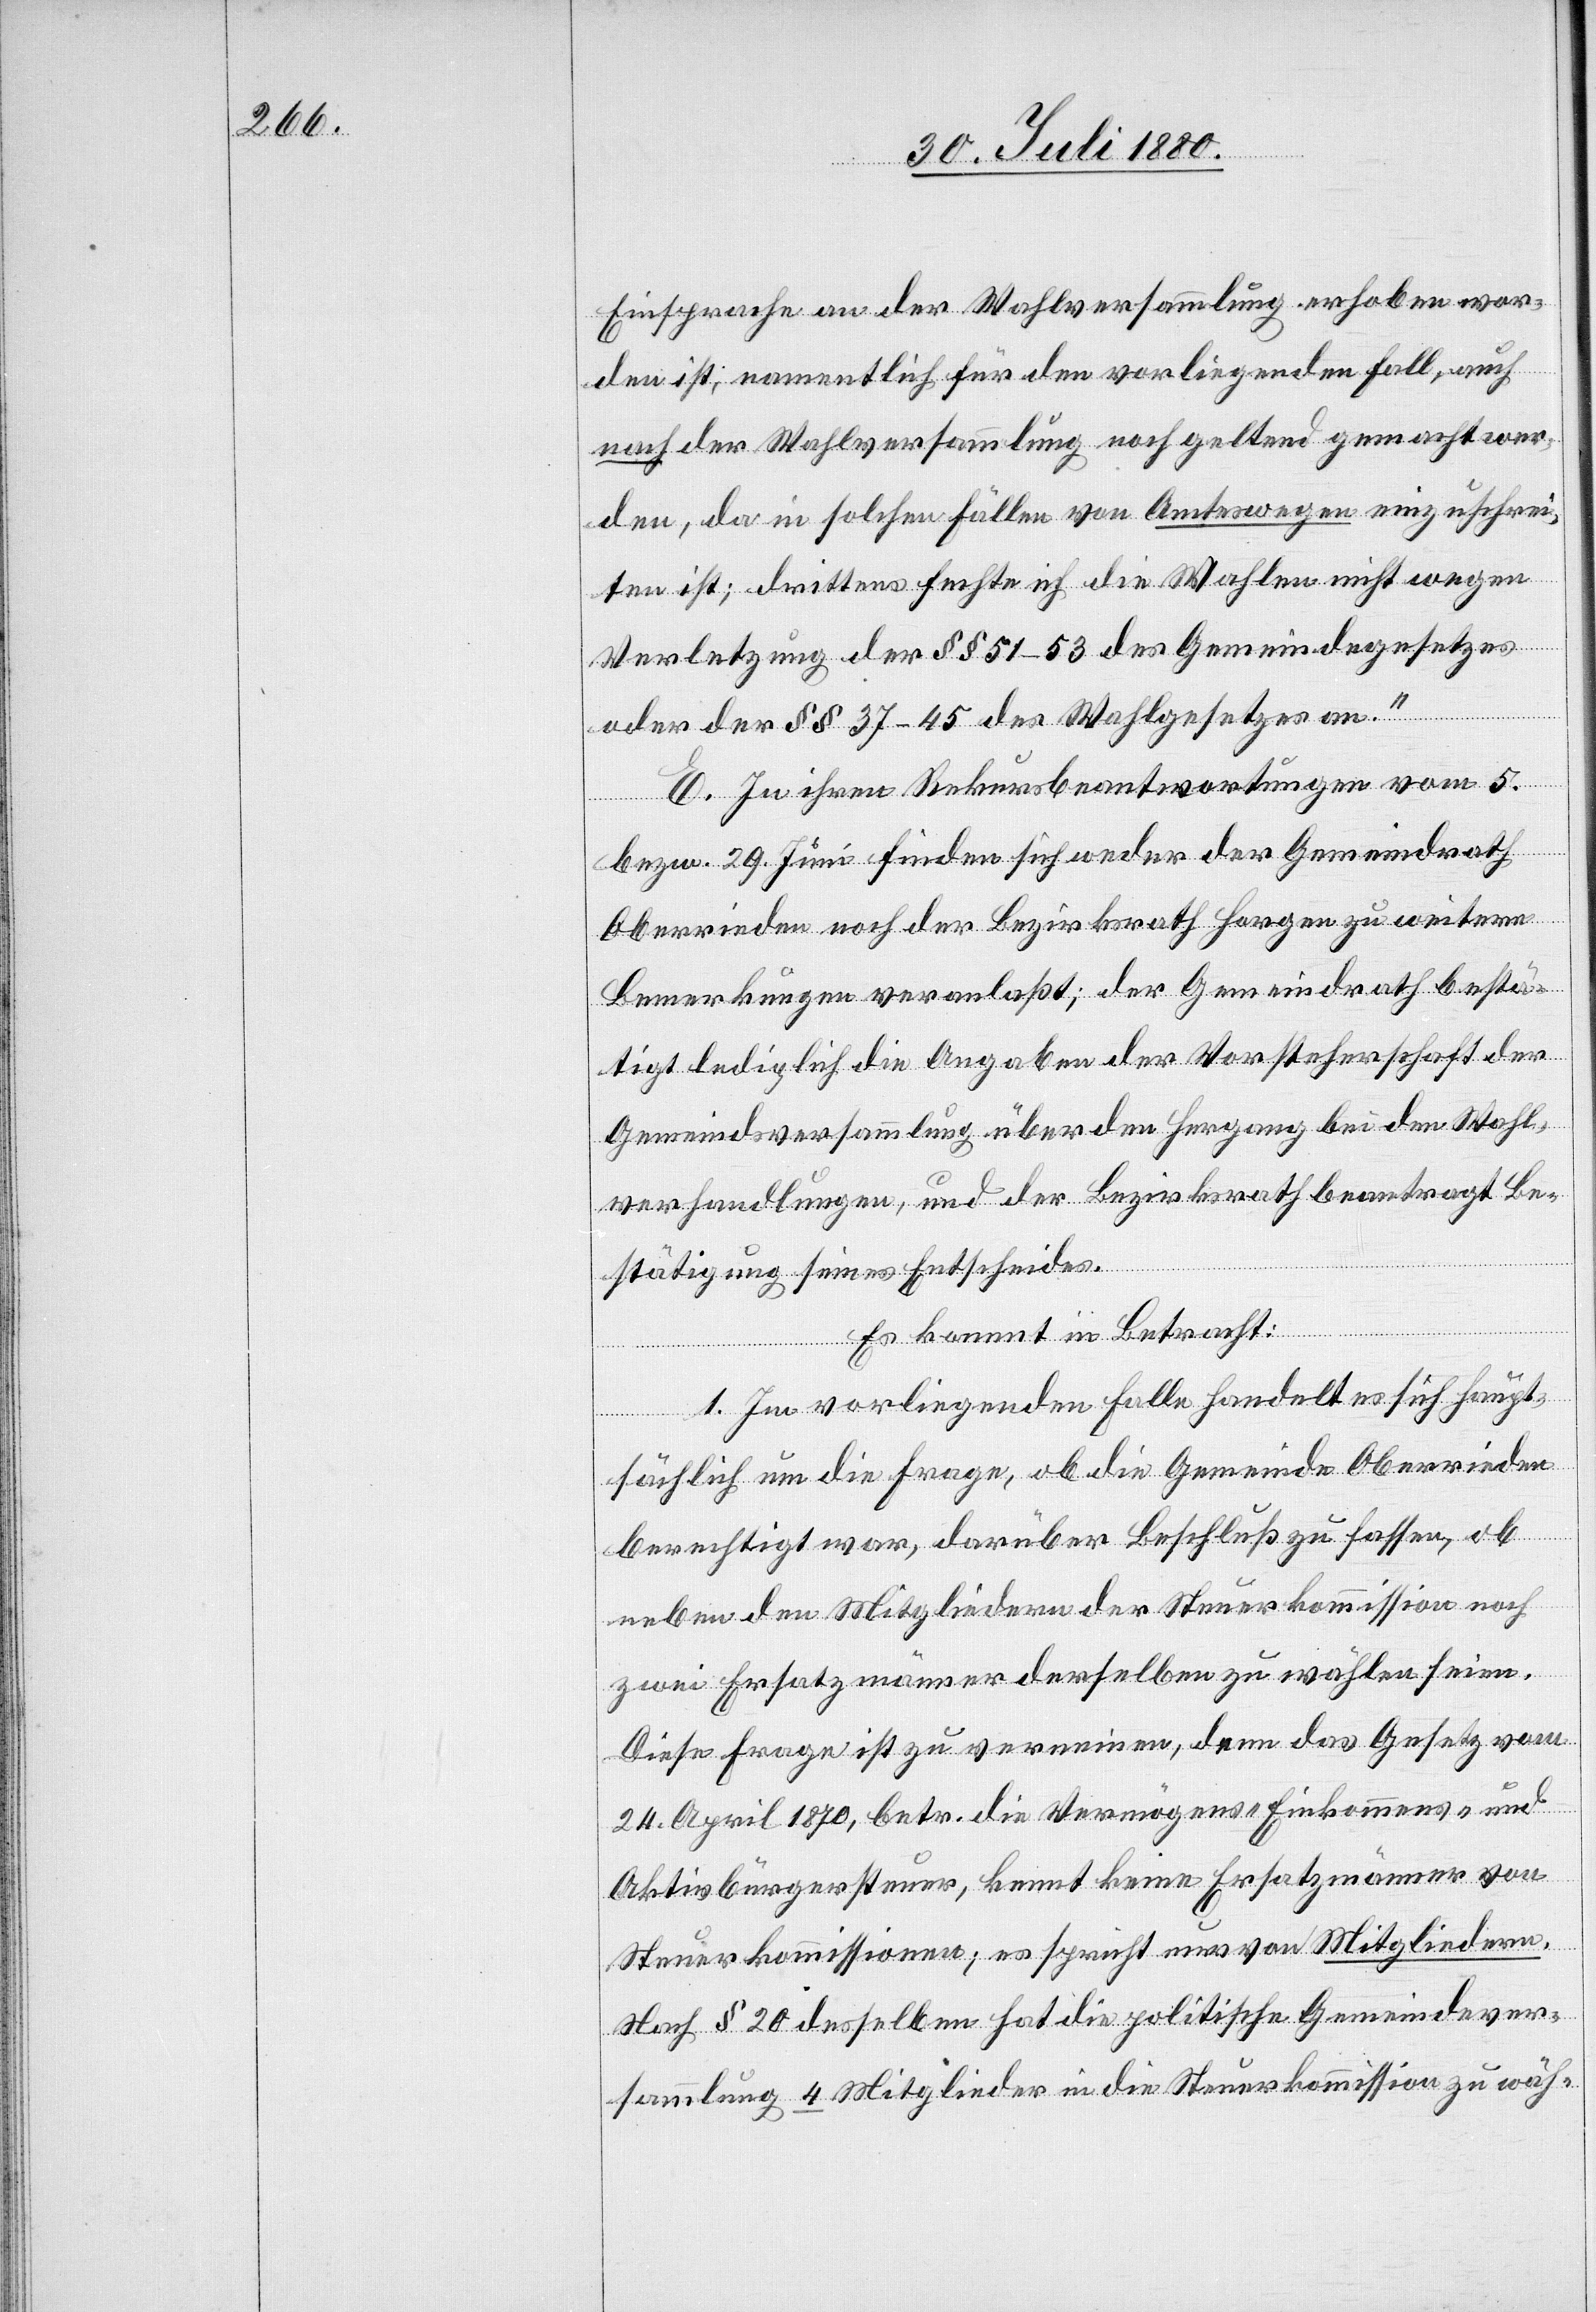
Einsprache an der Wahlversammlung erhoben wor¬
den ist, namentlich für den vorliegenden Fall, auch
nach der Wahlversammlung noch geltend gemacht wor¬
den, da in solchen Fällen von Amtswegen einzuschrei¬
ten ist; drittens fechte ich die Wahlen nicht wegen
Verletzung der §§ 51 – 53 des Gemeindegesetztees
oder der §§ 37 – 45 des Wahlgesetzes an.“
E. In ihren Rekursbeantwortungen vom 5.
bezw. 29 Juni finden sich weder der Gemeindrath
Oberrieden noch der Bezirksrath Horgen zu weiteren
Bemerkungen veranlaßt; der Gemeindrath bestä¬
tigt lediglich die Angabe der Vorsteherschaft der
Gemeindsversammlung über den Hergang bei den Wahl¬
verhandlungen, und der Bezirksrath beantragt Be¬
stätigung seines Entscheides.
Es kommt in Betracht:
1. Im vorliegenden Falle handelt es sich haupt¬
sächlich um die Frage, ob die Gemeinde Oberrieden
berechtigt war, darüber Beschluß zu fassen, ob
neben den Mitgliedern der Steuerkommission noch
zwei Ersatzmänner derselben zu wählen seien.
Diese Frage ist zu verneinen, denn das Gesetz vom
24. April 1870, betr. die Vermögens- & Einkommens- und
Aktivbürgersteuer, kennt keine Ersatzmänner von
Steuerkommissionen; es spricht nur von Mitgliedern.
Nach § 20 desselben hat die politische Gemeindever¬
sammlung 4 Mitglieder in die Steuerkommission zu wäh-